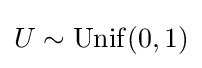
U\sim \mathrm {Unif} (0,1)